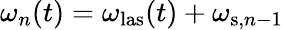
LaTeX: \omega_{n}(t)=\omega_{\mathrm{las}}(t)+\omega_{\mathrm{s},n-1}